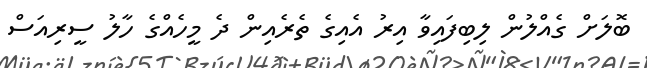
ބޮލަށް ގެއްލުން ލިބިފައިވާ އިރު އެއިގެ ތެރެއިން ދެ މީހެއްގެ ހާލު ސީރިއަސް